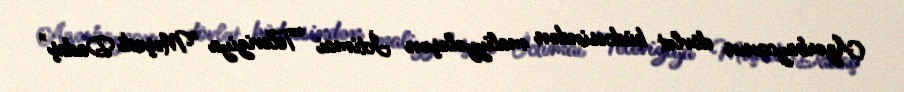
Azərbaycanın dövlət büdcəsindən maliyyələşən İctimai Televiziya "Məşədi Dadaş"